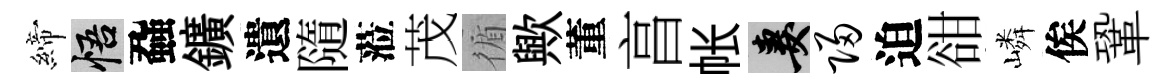
締悟蝨鑛遺隨蒞茂循歟董亯帐妻归迫𧮳嶙俟鞏